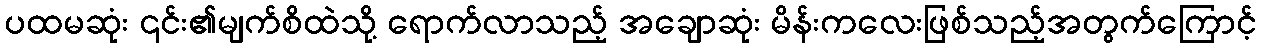
ပထမဆုံး ၎င်း၏မျက်စိထဲသို့ ရောက်လာသည့် အချောဆုံး မိန်းကလေးဖြစ်သည့်အတွက်ကြောင့်